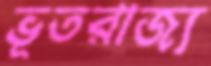
ভূতরাজ্য